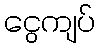
ငွေကျပ်